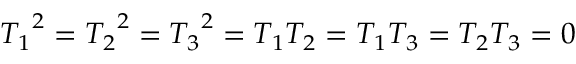
{ T _ { 1 } } ^ { 2 } = { T _ { 2 } } ^ { 2 } = { T _ { 3 } } ^ { 2 } = T _ { 1 } T _ { 2 } = T _ { 1 } T _ { 3 } = T _ { 2 } T _ { 3 } = 0